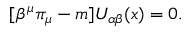
\lbrack \beta ^ { \mu } \pi _ { \mu } - m ] U _ { \alpha \beta } ( x ) = 0 .